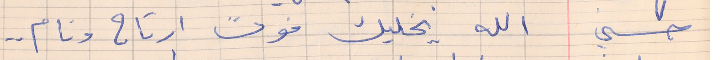
حسني     الله يخليك فوت ارتاح ونام . .